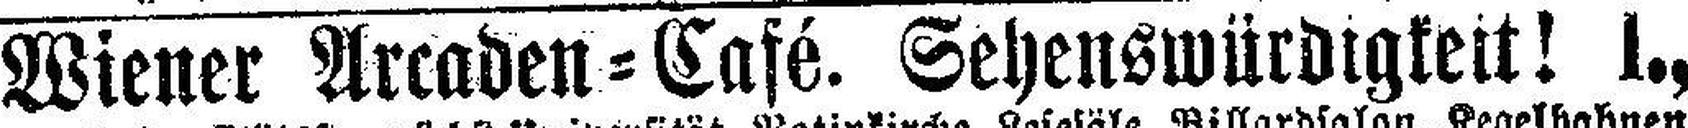
Wiener Arcaden=Café. Sehenswürdigkeit! I.,